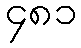
၄၈၁